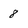
Character: 8